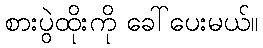
စားပွဲထိုးကို ခေါ်ပေးမယ်။